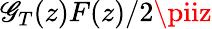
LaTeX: \mathscr{G}_{T}(z)F(z)/2\piiz